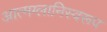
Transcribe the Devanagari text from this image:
आत्मग्लानिस्वरूप